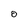
Character: O